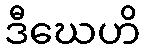
ဒီဃေဟိ